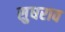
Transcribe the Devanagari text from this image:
सुधराव